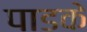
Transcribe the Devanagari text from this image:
पाडके